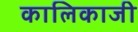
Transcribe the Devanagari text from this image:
कालिकाजी